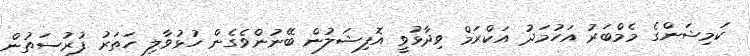
ކަމިޝަންގެ މެމްބަރު އަހުމަދު އަކްރަމް ވިދާޅުވީ އޮފިޝަލުން ބޭނުންވެގެން ހުޅުވާލި ހަތަރު ފުރުސަތުން